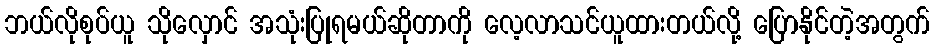
ဘယ်လိုစုပ်ယူ သိုလှောင် အသုံးပြုရမယ်ဆိုတာကို လေ့လာသင်ယူထားတယ်လို့ ပြောနိုင်တဲ့အတွက်